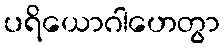
ပရိယောဂါဟေတွာ